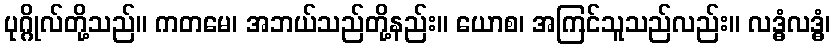
ပုဂ္ဂိုလ်တို့သည်။ ကတမေ၊ အဘယ်သည်တို့နည်း။ ယောစ၊ အကြင်သူသည်လည်း။ လဒ္ဓံလဒ္ဓံ၊